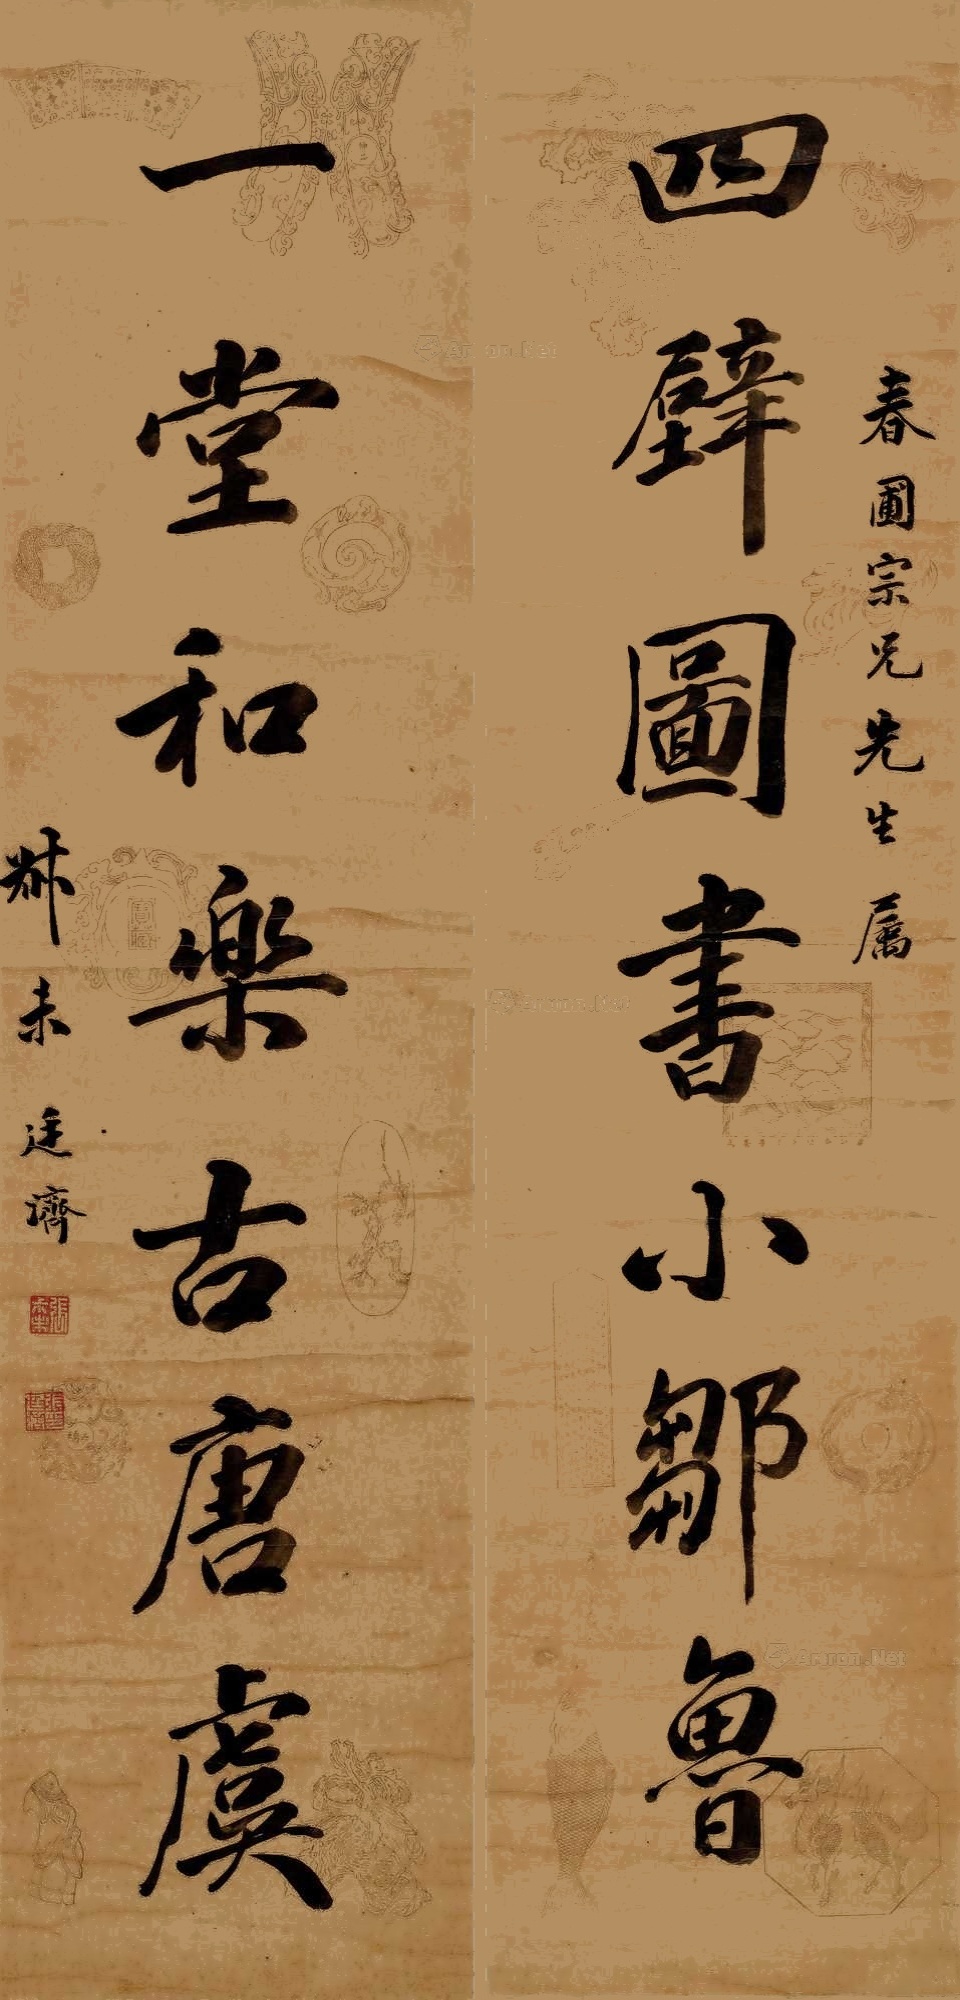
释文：四壁图书小邹鲁，一堂和乐古唐虞。春圃宗兄先生嘱，叔未廷济。